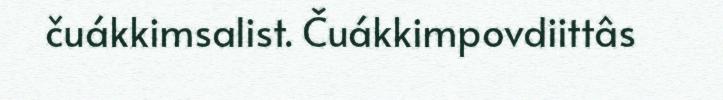
čuákkimsalist. Čuákkimpovdiittâs